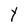
Character: Y